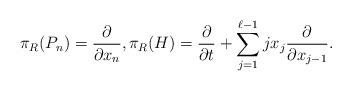
LaTeX: \begin{gather*}\pi_R(P_n) = \frac{\partial}{\partial x_n},\pi_R(H) = \frac{\partial}{\partial t} + \sum\limits_{j=1}^{\ell-1} j x_j \frac{\partial}{\partial x_{j-1}}.\end{gather*}